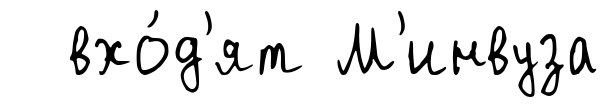
вхо́д'ят М'инвуза